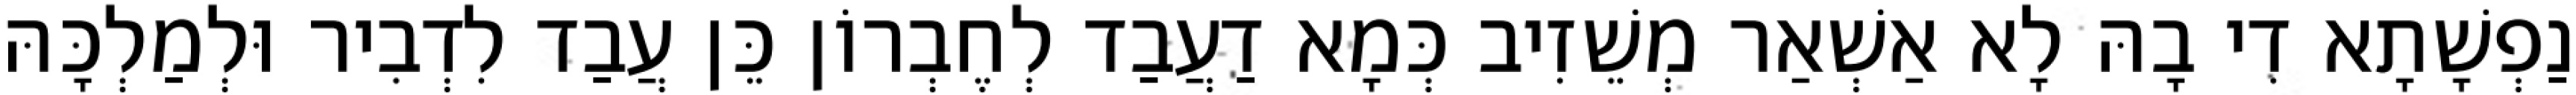
נַפְשָׁתָא דִי בָהּ לָא אַשְׁאַר מְשֵׁזִיב כְּמָא דַעֲבַד לְחֶבְרוֹן כֵּן עֲבַד לִדְבִיר וּלְמַלְכָּהּ